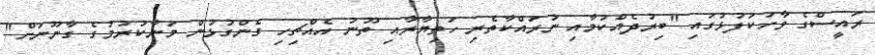
ރައީސްގެ ވާހަކަފުޅުގައި "ބިރުދެއްކުމާއި ނުރައްކާތެރި ހަތިޔާރާއި ތޫނު އެއްޗިހި ގެންގުޅުން މަނާކުރުމުގެ ގާނޫނަށް"